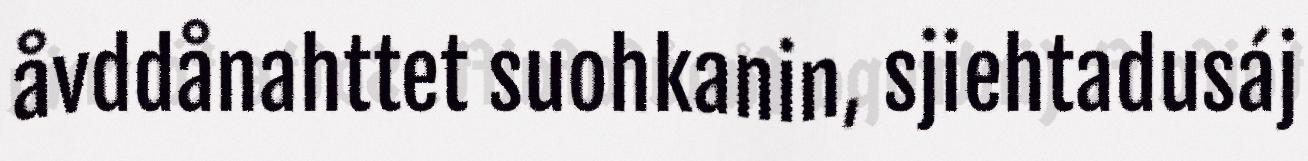
åvddånahttet suohkanin, sjiehtadusáj